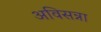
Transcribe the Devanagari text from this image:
अविसन्ना